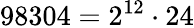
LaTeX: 98304=2^{12}\cdot 24